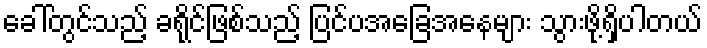
ခေါ်တွင်သည့် ခရိုင်ဖြစ်သည့် ပြင်ပအခြေအနေများ သွားဖို့ရှိပါတယ်